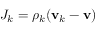
J _ { k } = \rho _ { k } ( \mathbf { v } _ { k } - \mathbf { v } )